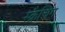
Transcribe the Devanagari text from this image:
स्क्रैचिंग